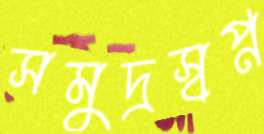
সমুদ্রস্বপ্ন